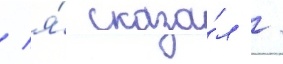
/ я́ сказа́л /